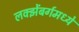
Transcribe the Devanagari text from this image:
लक्झेंबर्गमध्ये